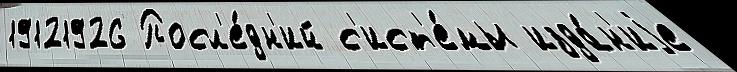
19121926 Посл'е́дн'ий с'ист'е́мы изда́н'иjе